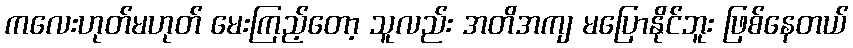
ကလေးဟုတ်မဟုတ် မေးကြည့်တော့ သူလည်း အတိအကျ မပြောနိုင်ဘူး ဖြစ်နေတယ်